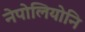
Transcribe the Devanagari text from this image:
नेपोलियोनि